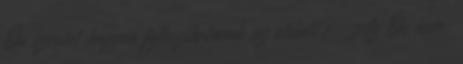
Ön szerint hogyan fejleszthetnénk az oldalt? Az Ön neve: